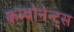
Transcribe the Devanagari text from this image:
कम्पोनेन्ट्स